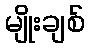
မျိုးချစ်